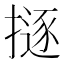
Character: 𢴊